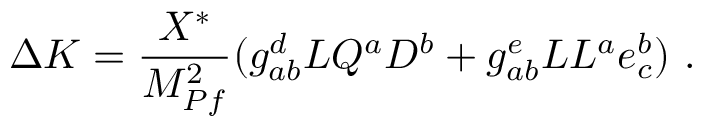
\Delta K = { \frac { X ^ { * } } { M _ { P f } ^ { 2 } } } ( g _ { a b } ^ { d } L Q ^ { a } D ^ { b } + g _ { a b } ^ { e } L L ^ { a } e _ { c } ^ { b } ) ~ .